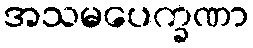
အသမပေက္ခဏာ